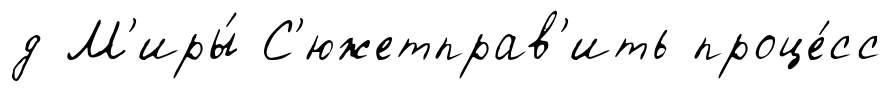
д М'иры́ С'южетправ'ить проце́сс